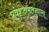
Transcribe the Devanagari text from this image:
प्रवेशक्षमतावाला